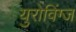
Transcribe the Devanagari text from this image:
युरोविंग्ज